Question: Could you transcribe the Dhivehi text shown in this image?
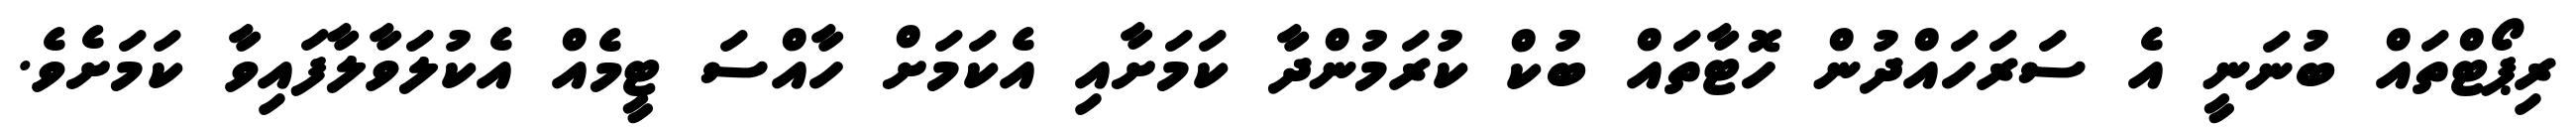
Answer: ރިޕޯޓްތައް ބުނަނީ އެ ސަރަހައްދުން ހޮޓާތައް ބުކް ކުރަމުންދާ ކަމަށާއި އެކަމަށް ހާއްސަ ޓީމެއް އެކުލަވާލާފައިވާ ކަމަށެވެ.